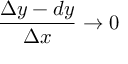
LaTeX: { \frac { \Delta y - d y } { \Delta x } } \to 0